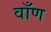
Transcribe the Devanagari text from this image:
वाँण